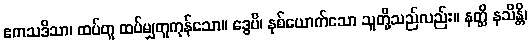
ဧကသဒိသာ၊ ထပ်တူ ထပ်မျှတူကုန်သော။ ဒွေပိ၊ နှစ်ယောက်သော သူတို့သည်လည်း။ နတ္ထိ နသိန္တိ၊